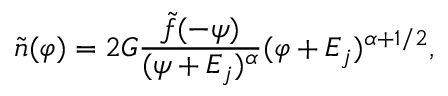
\tilde { n } ( \varphi ) = 2 G { \frac { \tilde { f } ( - \psi ) } { ( \psi + { \cal E } _ { j } ) ^ { \alpha } } } ( \varphi + { \cal E } _ { j } ) ^ { \alpha + 1 / 2 } ,